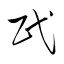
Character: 民